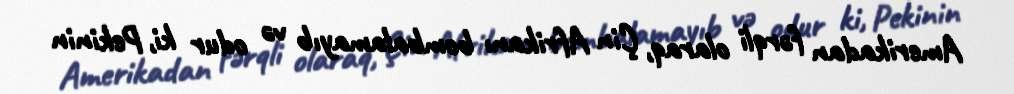
Amerikadan fərqli olaraq, Çin Afrikanı bombalamayıb və odur ki, Pekinin